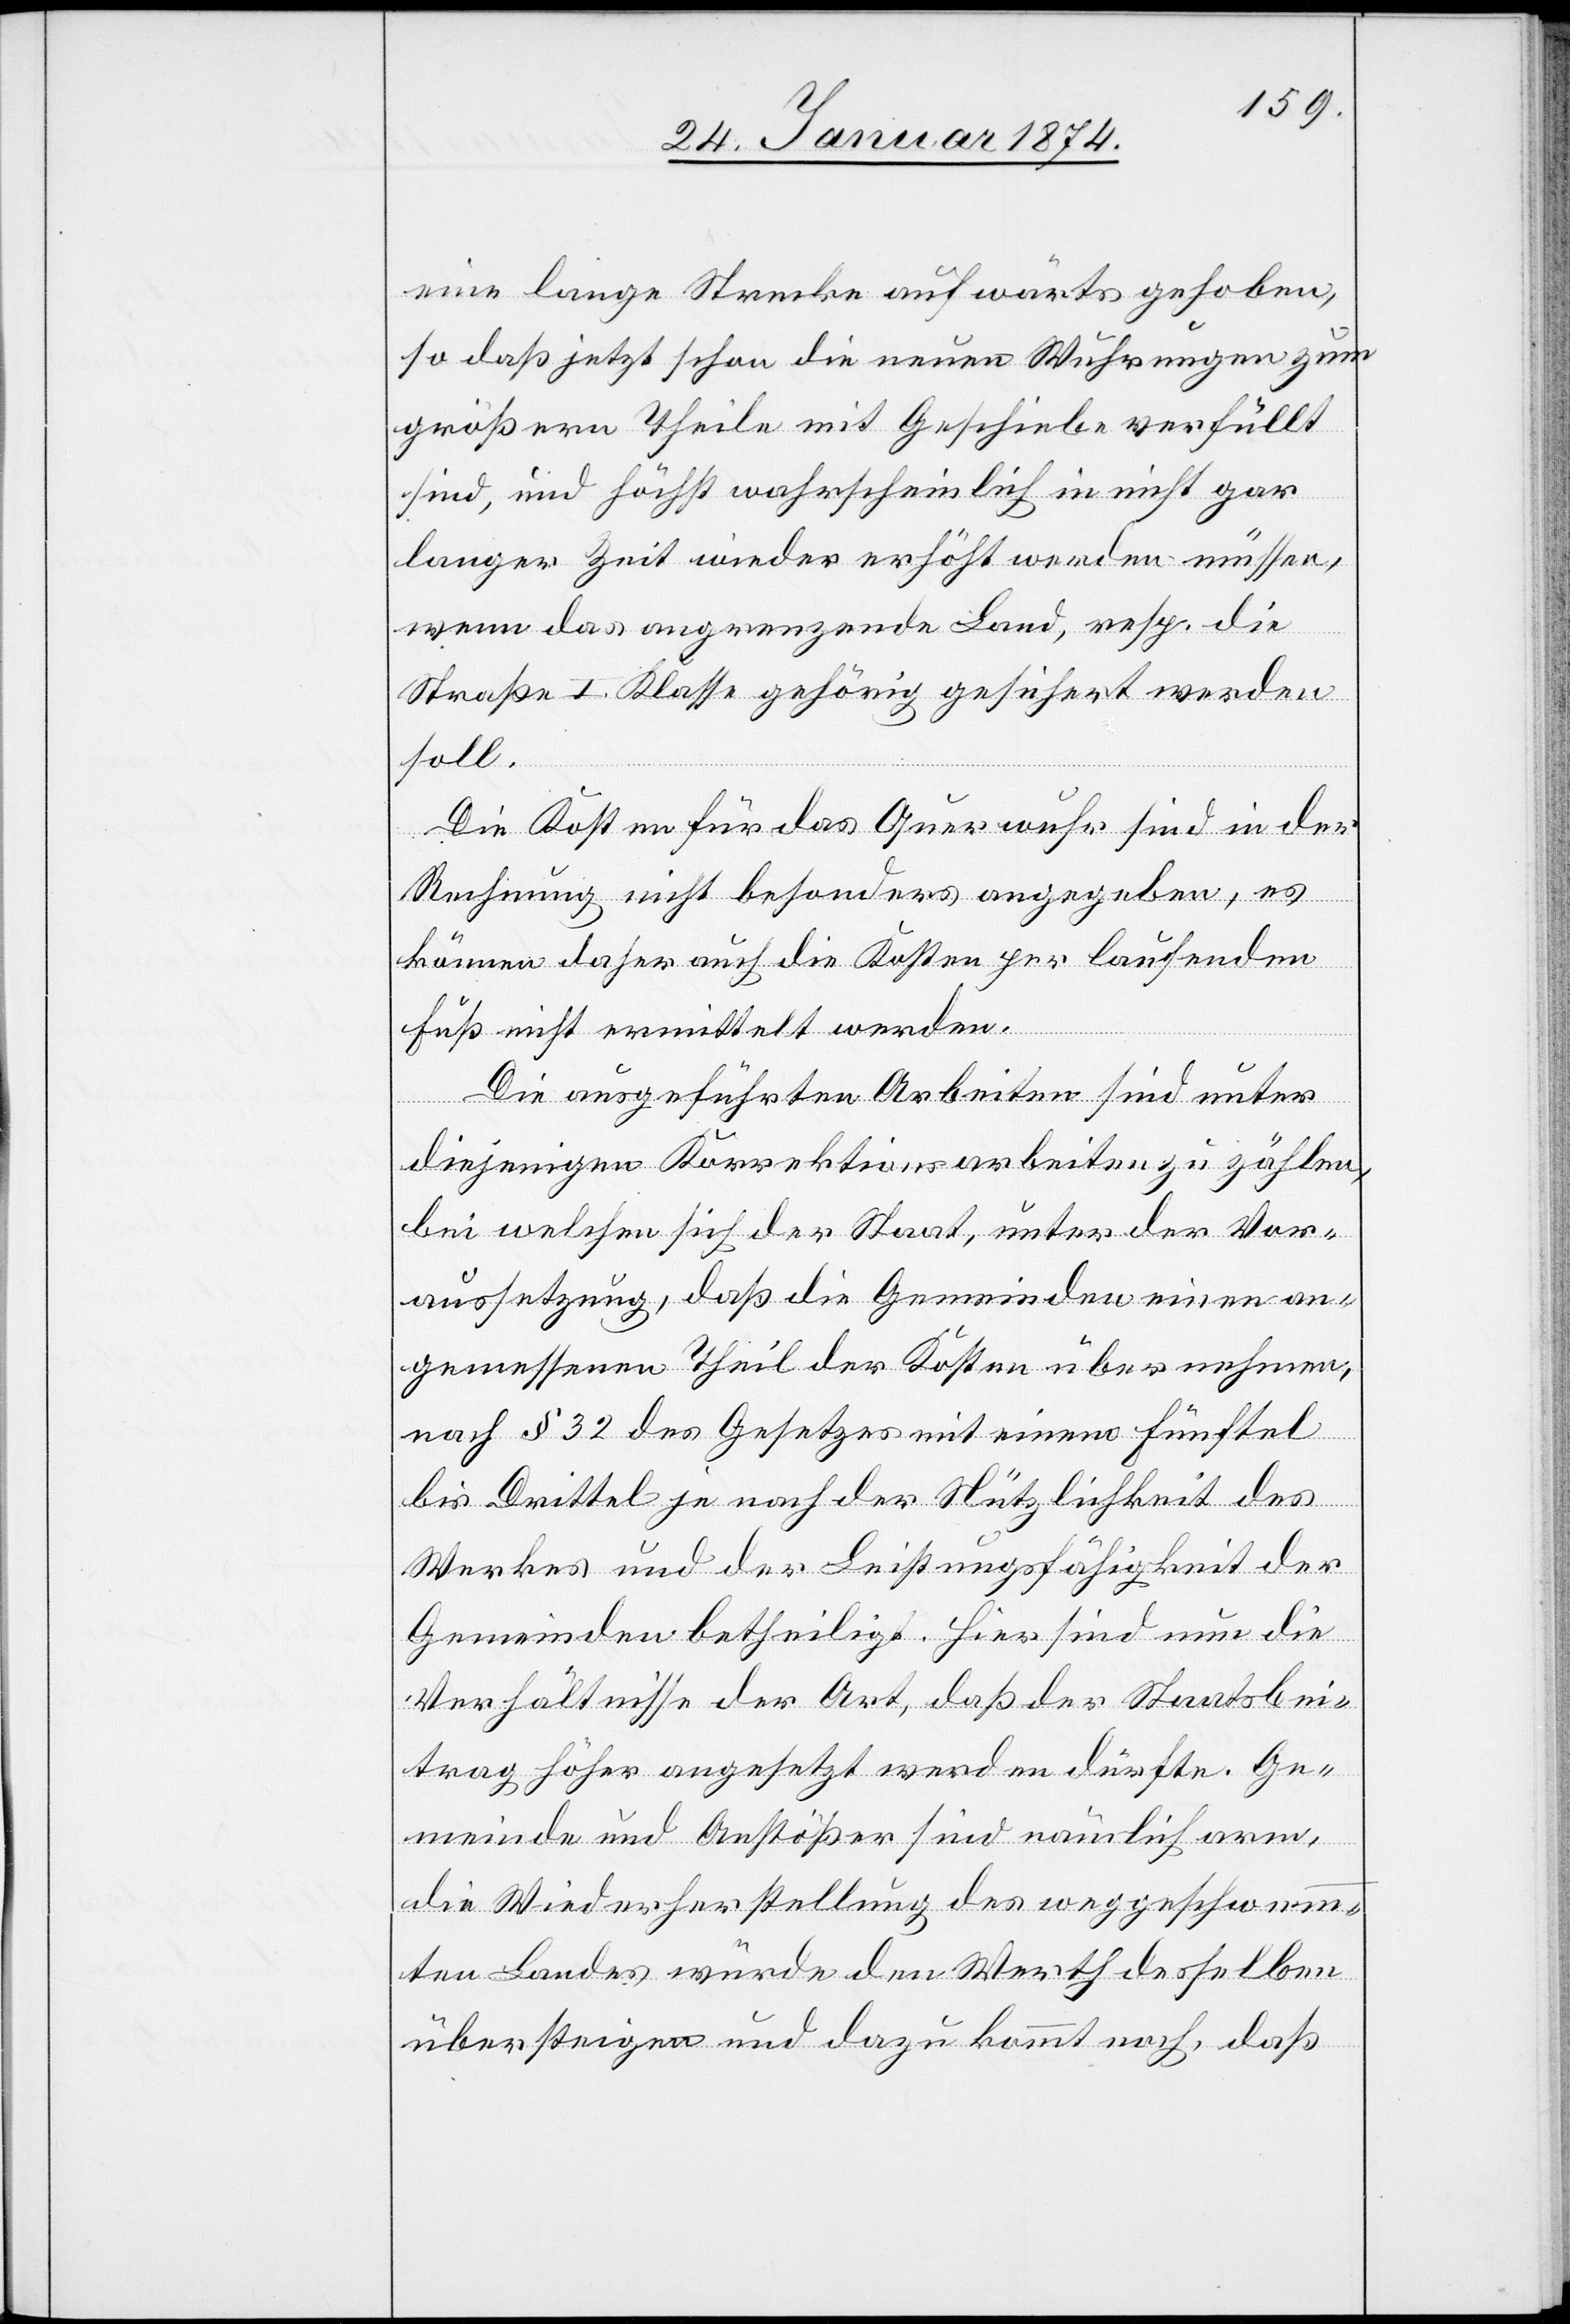
eine lange Strecke aufwärts gehoben,
so daß jetzt schon die neuen Wuhrungen zum
größern Theile mit Geschiebe verfüllt
sind, und höchst wahrscheinlich in einst gar
langer Zeit wieder erhöht werden müssen,
wenn das angrenzende Land, resp. die
Straße I. Klasse gehörig gesichert werden
soll.
Die Kosten für das Querwuhr sind in der
Rechnung nicht besonders angegeben, es
können daher auch die Kosten per laufenden
Fuß nicht ermittelt werden.
Die ausgeführten Arbeiten sind unter
diejenigen Korrektionsarbeiten zu zählen,
bei welchen sich der Staat, unter der Vor¬
aussetzung, daß die Gemeinden einen an¬
gemessenen Theil der Kosten übernehmen,
nach § 32 des Gesetzes mit einem Fünftel
bis Drittel je nach der Nützlichkeit des
Werkes und der Leistungsfähigkeit der
Gemeinden betheiligt. Hier sind nun die
Verhältnisse der Art, daß der Staatsbei¬
trag höher angesetzt werden dürfte. Ge¬
meinde und Anstößer sind nämlich arm,
die Wiederherstellung des weggeschwemm¬
ten Landes würde den Werth desselben
übersteigen und dazu kommt noch, daß